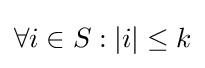
\forall i\in S:|i|\leq k